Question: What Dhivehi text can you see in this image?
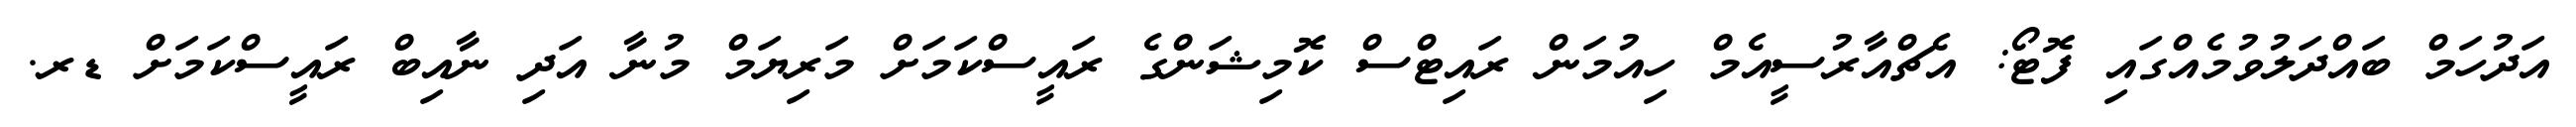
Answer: އަދުހަމް ބައްދަލުވުމެއްގައި ފޮޓޯ: އެޗްއާރުސީއެމް ހިއުމަން ރައިޓްސް ކޮމިޝަންގެ ރައީސްކަމަށް މަރިޔަމް މުނާ އަދި ނާއިބް ރައީސްކަމަށް ޑރ.